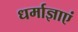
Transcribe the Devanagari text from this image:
धर्माज्ञाएं